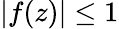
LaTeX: |f(z)|\leq 1